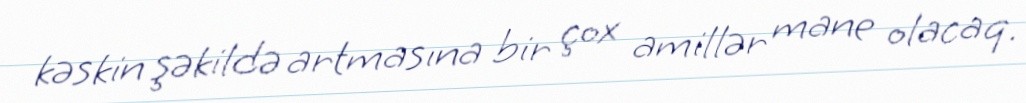
kəskin şəkildə artmasına bir çox amillər mane olacaq.